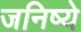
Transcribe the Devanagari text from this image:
जनिष्ये